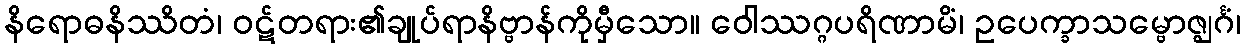
နိရောဓနိဿိတံ၊ ဝဋ်တရား၏ချုပ်ရာနိဗ္ဗာန်ကိုမှီသော။ ဝေါဿဂ္ဂပရိဏာမိံ၊ ဥပေက္ခာသမ္ဗောဇ္ဈင်္ဂံ၊